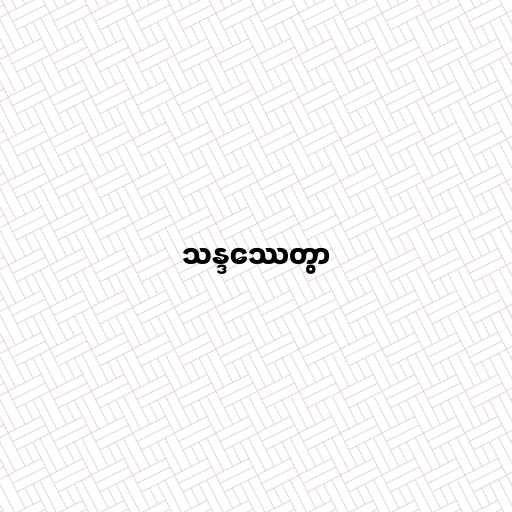
သန္ဒဿေတွာ